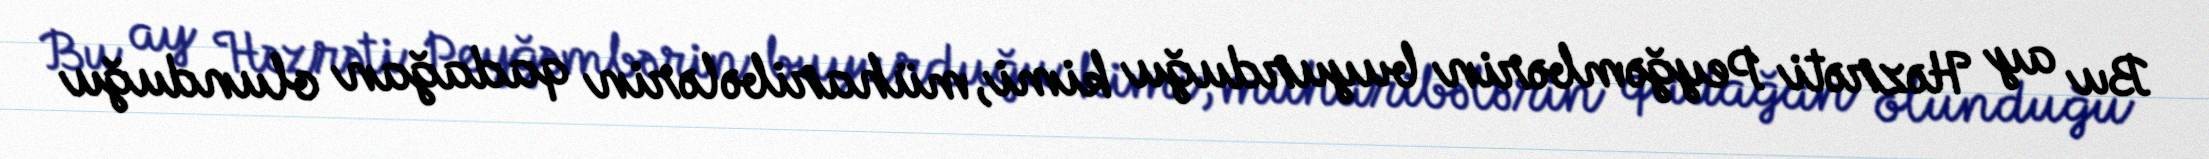
Bu ay Həzrəti Peyğəmbərin buyurduğu kimi, müharibələrin qadağan olunduğu